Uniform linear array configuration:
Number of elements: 16
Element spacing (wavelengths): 1
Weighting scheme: kaiser
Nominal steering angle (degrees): -15
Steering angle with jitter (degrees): -16.783
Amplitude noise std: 0.05
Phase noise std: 0.05

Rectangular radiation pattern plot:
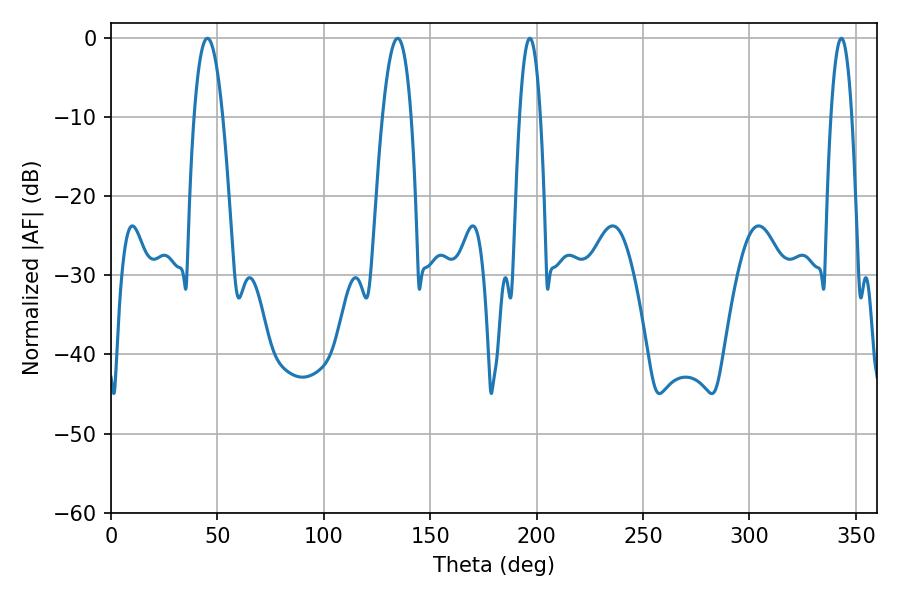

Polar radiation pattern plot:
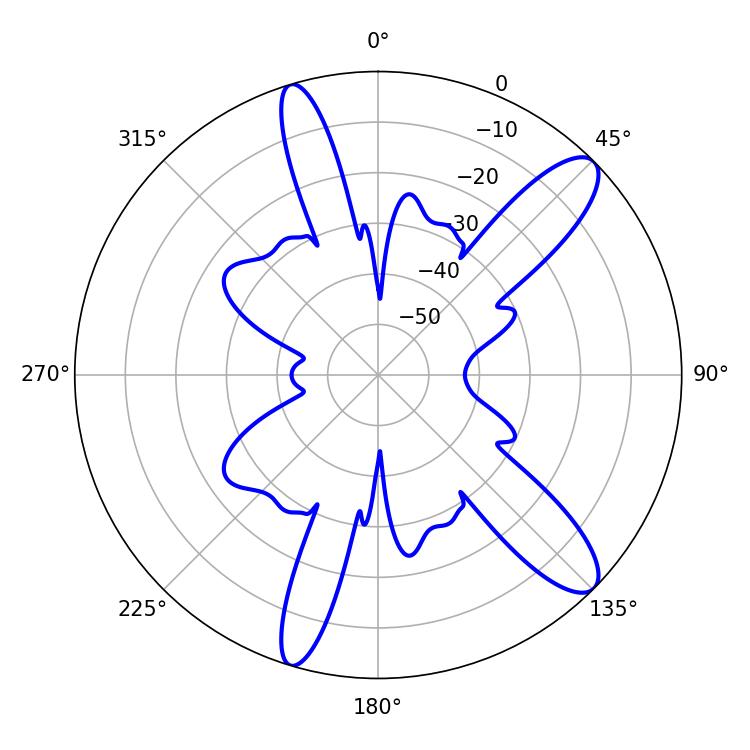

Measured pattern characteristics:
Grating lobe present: TRUE
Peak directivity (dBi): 11.592
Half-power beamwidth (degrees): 7.38
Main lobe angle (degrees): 45.36